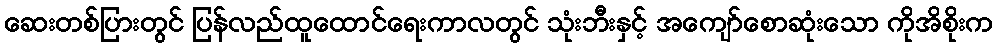
ဆေးတစ်ပြားတွင် ပြန်လည်ထူထောင်ရေးကာလတွင် သုံးဘီးနှင့် အကျော်စောဆုံးသော ကိုအိစိုးက